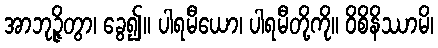
အာဘုဉ္ဇိတွာ၊ ခွေ၍။ ပါရမီယော၊ ပါရမီတို့ကို။ ဝိစိနိဿာမိ၊